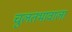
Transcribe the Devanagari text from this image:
चुलतभावाला